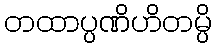
တထာပ္ပဏိဟိတမ္ပိ